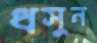
ধসুন